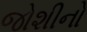
જોશીનો